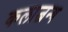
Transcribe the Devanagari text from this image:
कलाजन्य